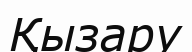
Қызару